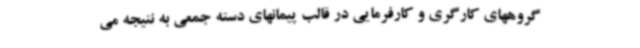
گروههای کارگری و کارفرمایی در قالب پیمانهای دسته جمعی به نتیجه می